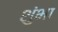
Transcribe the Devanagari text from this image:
शुंभा